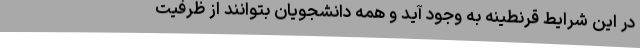
در این شرایط قرنطینه به وجود آید و همه دانشجویان بتوانند از ظرفیت‌